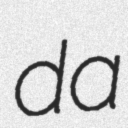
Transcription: da